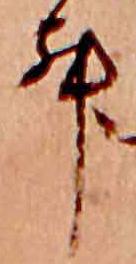
む